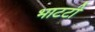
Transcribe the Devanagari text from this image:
भाटटी